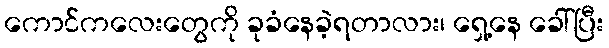
ကောင်ကလေးတွေကို ခုခံနေခဲ့ရတာလား၊ ရှေ့နေ ခေါ်ပြီး